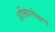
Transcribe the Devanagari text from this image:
शक्तिपरीक्षण